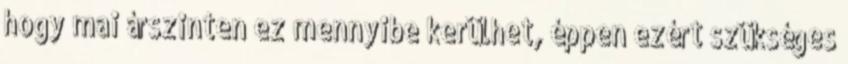
hogy mai árszinten ez mennyibe kerülhet, éppen ezért szükséges